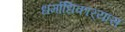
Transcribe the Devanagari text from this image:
धर्माधिकार्‍यास